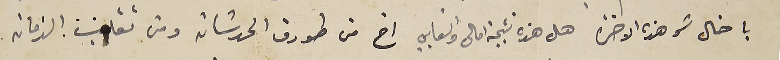
يا خال شو هذه الاخرة هل هذه نتيجة امالى واتعابي اخ من طورق الحدثان ومن تقلب الزمان